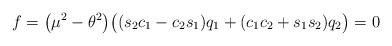
LaTeX: \begin{align*} f=\big(\mu^2-\theta^2\big)\big((s_2c_1-c_2s_1)q_1+(c_1c_2+s_1s_2)q_2\big)=0\end{align*}